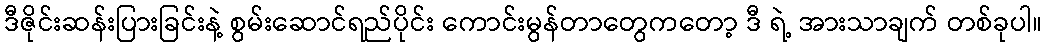
ဒီဇိုင်းဆန်းပြားခြင်းနဲ့ စွမ်းဆောင်ရည်ပိုင်း ကောင်းမွန်တာတွေကတော့ ဒီ ရဲ့ အားသာချက် တစ်ခုပါ။